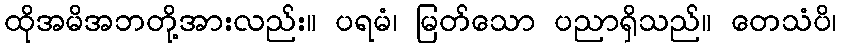
ထိုအမိအဘတို့အားလည်း။ ပရမံ၊ မြတ်သော ပညာရှိသည်။ တေသံပိ၊